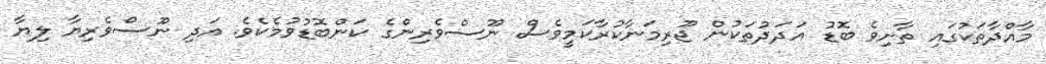
މާއްދާތަކުގައި ތާށިވެ ބޮޑު އަދަދުތަކުން ޖޫރިމަނާކުރާކަމީވެސް ނޫސްވެރިންގެ ކަންބޮޑުވުމެކެވެ. އަދި ނޫސްވެރިޔާ ލިޔާ